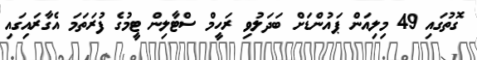
ގޮތުގައި 49 މިލިއަން ޕައުންޑަށް ބަދަލުވި ރަހީމް ސްޓާލިން ޓީމުގެ ފުރަތަމަ އެގާރައިގައި